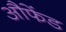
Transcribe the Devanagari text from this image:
औफेंड